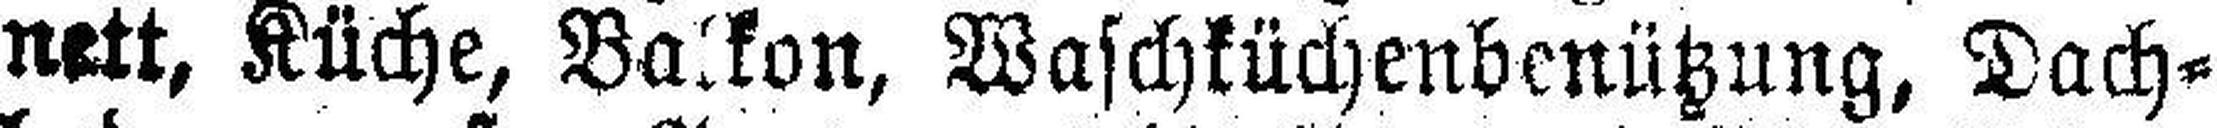
nett, Küche, Balkon, Waschküchenbenützung, Dach¬